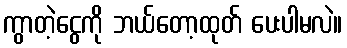
ကွာတဲ့ငွေကို ဘယ်တော့ထုတ် ပေးပါမလဲ။